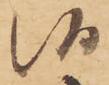
候